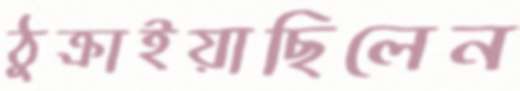
ঠুক্‌রাইয়াছিলেন